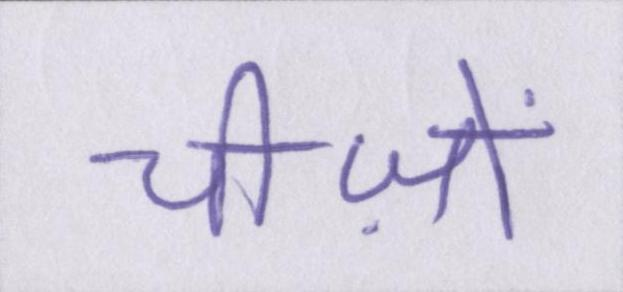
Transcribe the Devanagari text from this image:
चीज़ों